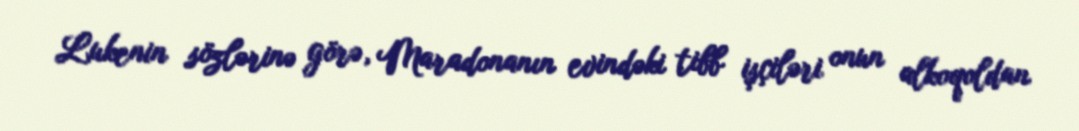
Lukenin sözlərinə görə, Maradonanın evindəki tibb işçiləri onun alkoqoldan